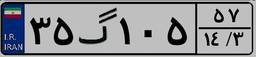
۳۵گ۱۰۵۵۷